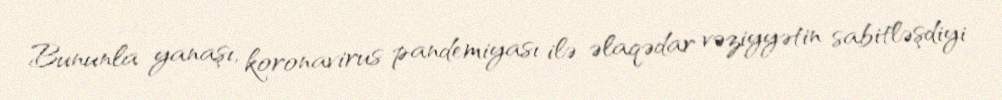
Bununla yanaşı, koronavirus pandemiyası ilə əlaqədar vəziyyətin sabitləşdiyi